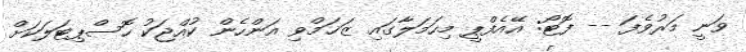
ވަނީ މަރުވެފަ -- ފޮޓޯ: އޭއެފްޕީ މިހަމަލާގައި ޒަޚަމްވި އަންހެން ކުއްޖަކު ހޮސްޕިޓަލަކަށް